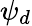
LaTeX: \psi_{d}